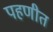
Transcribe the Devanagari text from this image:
पहणीत